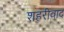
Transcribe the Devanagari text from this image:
शहरीवाद